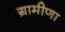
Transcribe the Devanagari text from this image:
ग्रामीणा